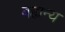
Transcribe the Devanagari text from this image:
बह्यन्य